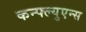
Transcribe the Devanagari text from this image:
कन्फ्ल्युएन्स